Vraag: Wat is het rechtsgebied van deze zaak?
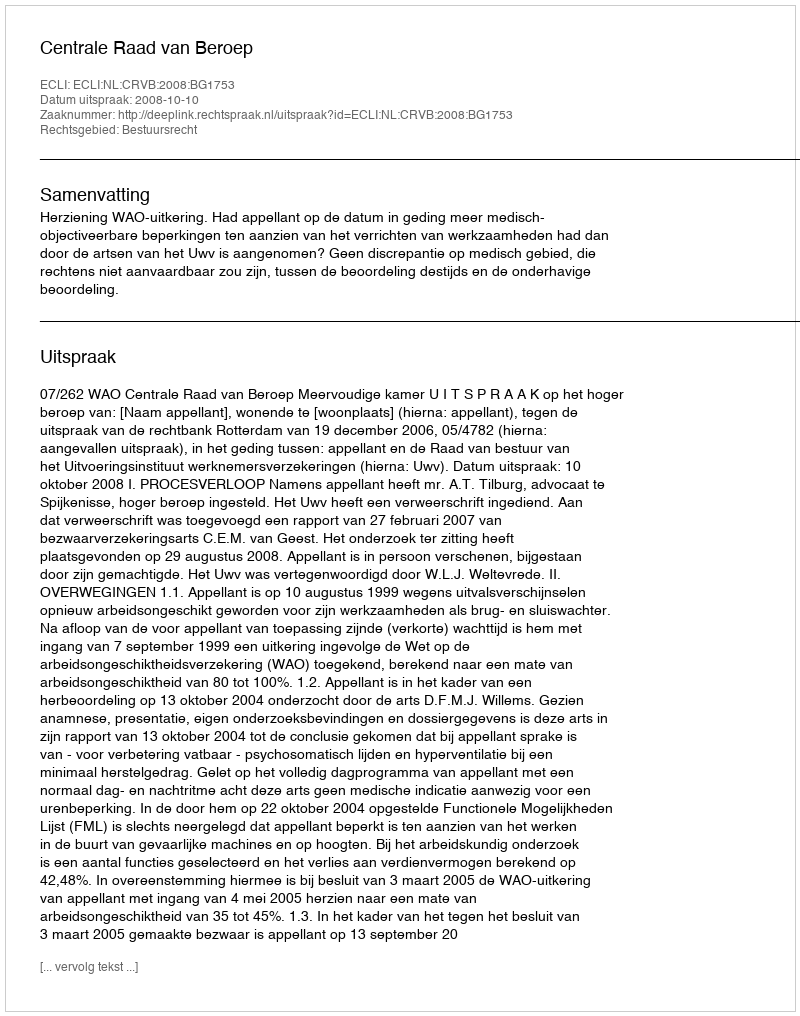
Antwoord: Bestuursrecht